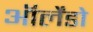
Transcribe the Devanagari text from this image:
ऑर्लेंडो